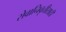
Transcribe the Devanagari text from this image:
सेवानिवृत्तीसाठी